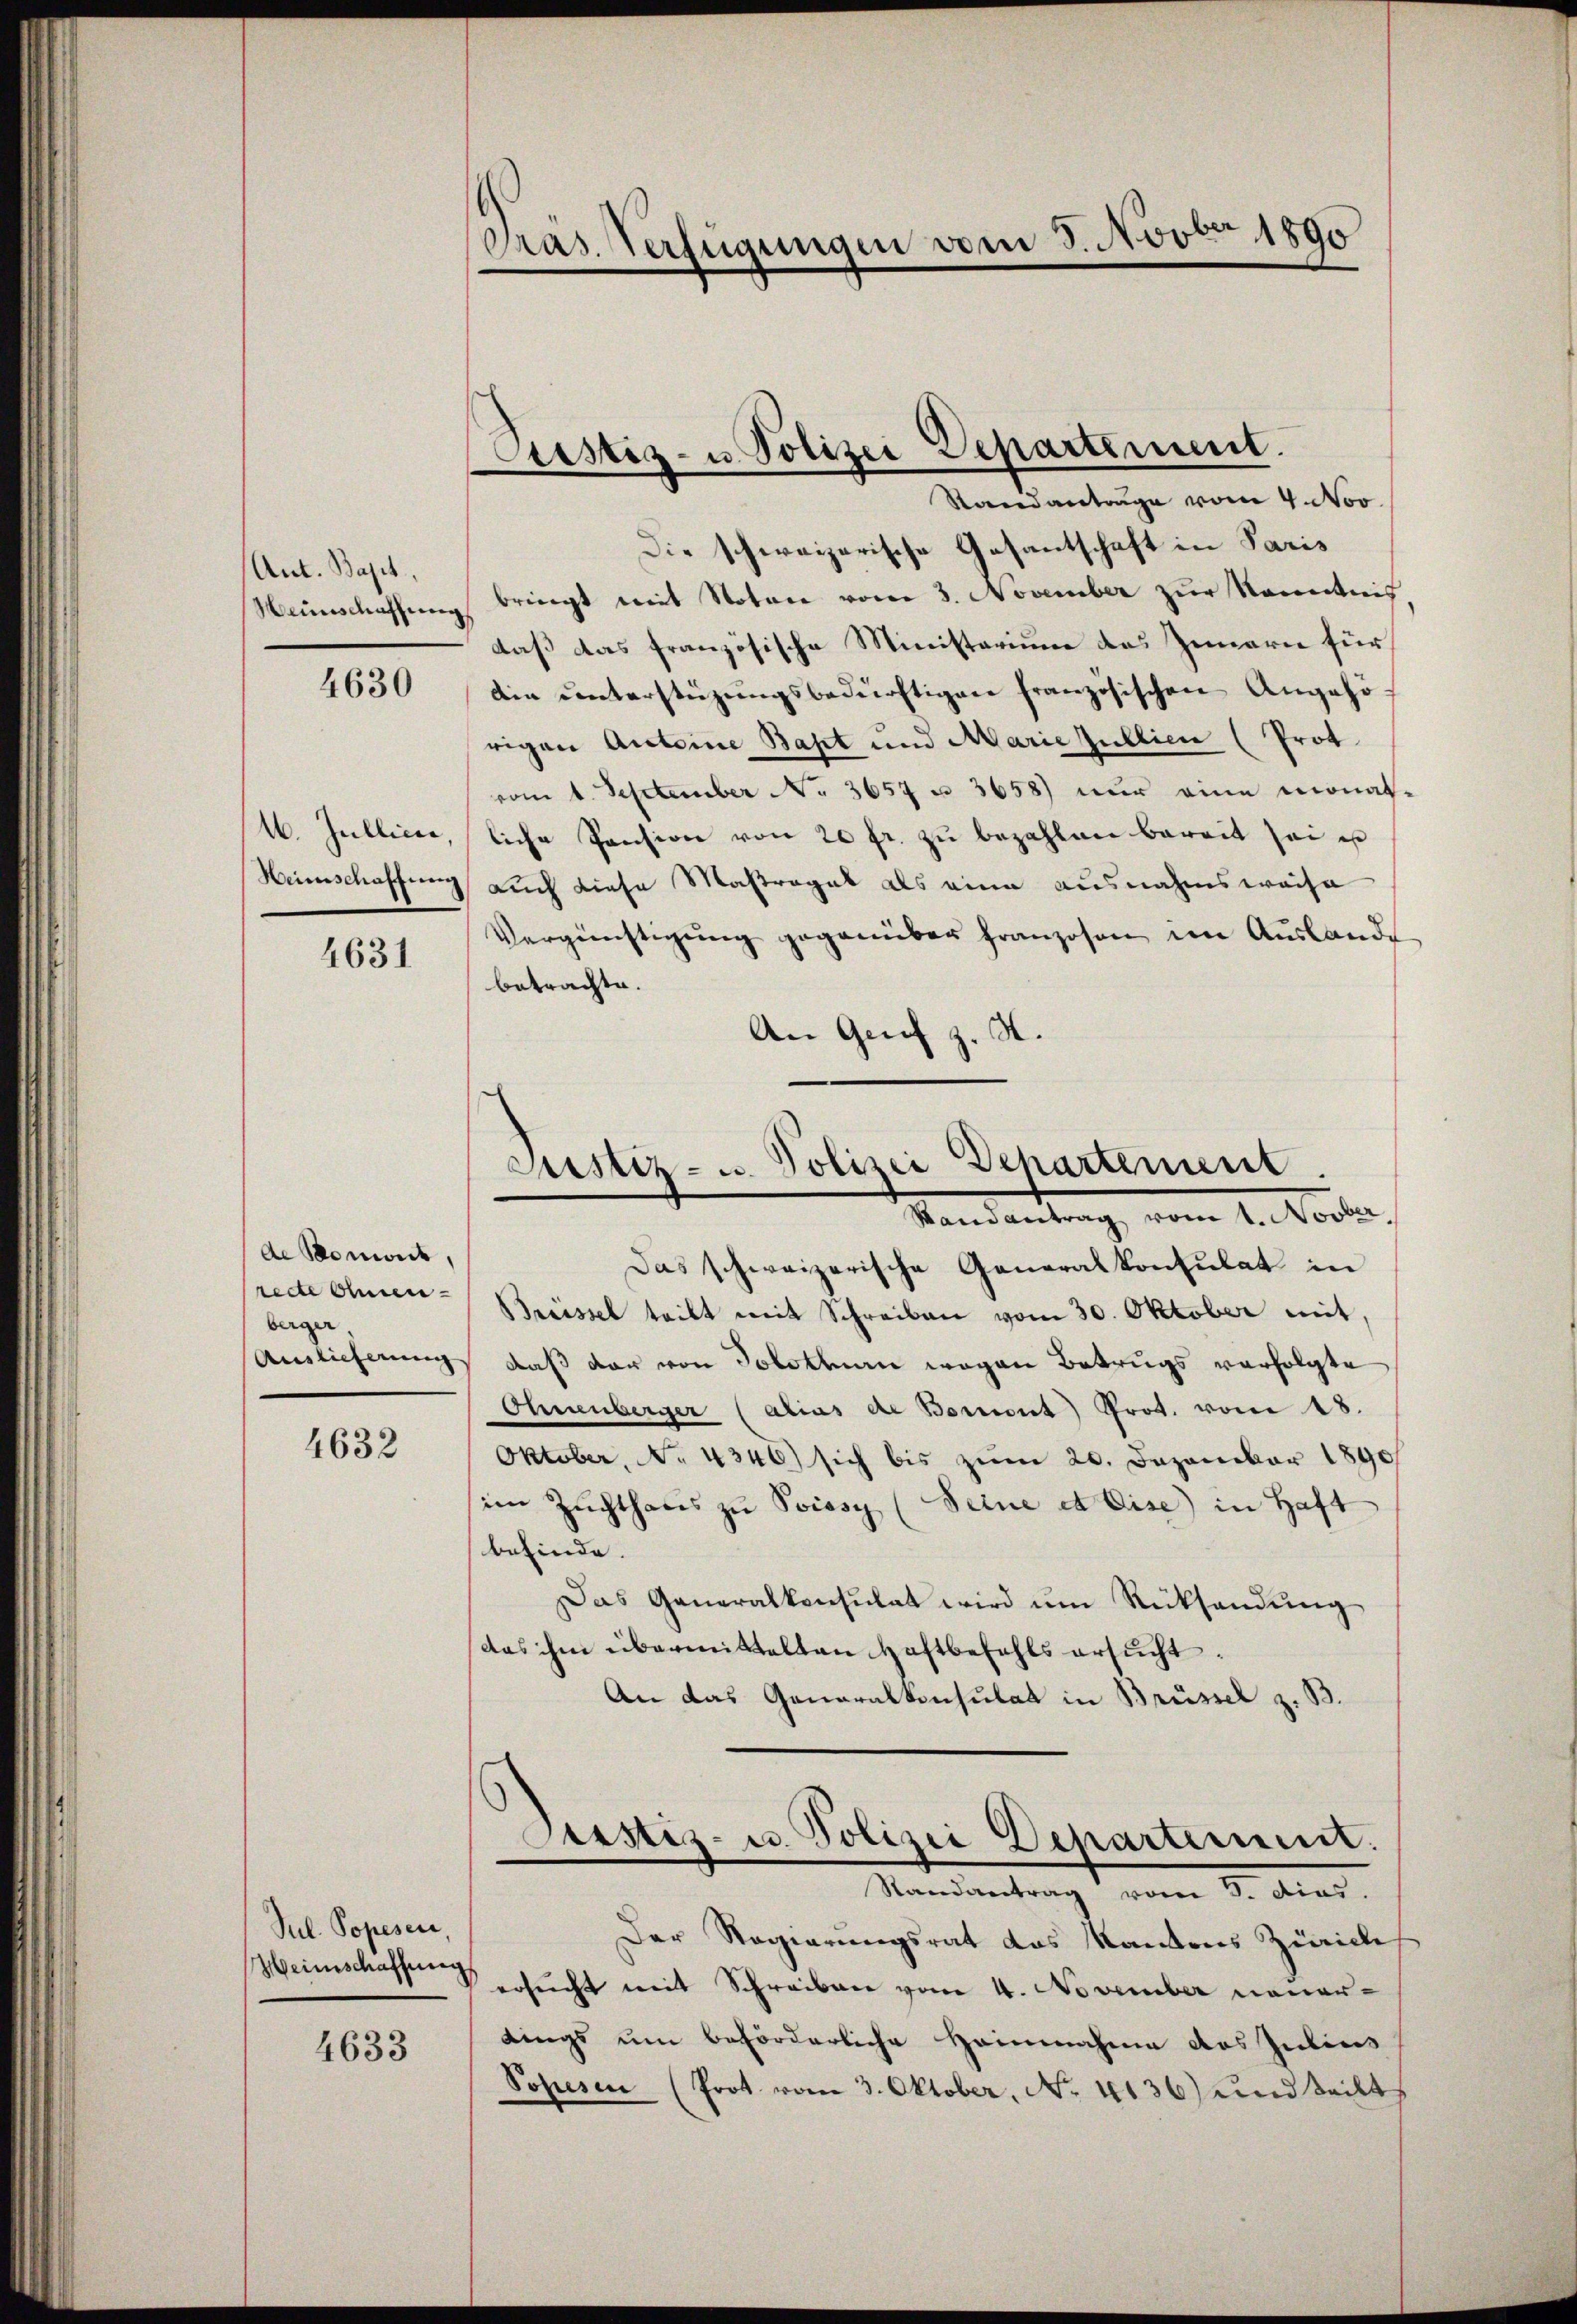
Ant. Bapt.
Weinschaffung

4630

4631

de Boniert,
redte ohnen
berger,
Auslieferung

4632

Jul. Popesen,
Heinschaffung

4633

Präs. Verfügungen vom 3. Novbr. 1890

Standanträge vom 4. Nov.
Die schweizerische Gesantschaft in Paris
bringt mit Notar von 3. November zŭr Kenntnis,
daß das französische Ministarium das Innern für
die ŭnterstüzungsbedürftigen französischen Angehörigen Antoine Bast und Marie Zublici (Prot
vom 1. September Nr. 3657 u. 3658) nur eine monat-
16. Jullicae, liche Pension von 20 fr. zŭ bezahlen bereit sei es
Heimschaffung auch diese Maßregel als eine ausnahmsweise
Vergünstigung gegenüber franzosen im Auslande
betrachte.
An Genf z. H.

Prestiz- u. Polizei Departement.

Justiz- u. Polizei Departement.
Vandantung, vom 1. Nocker,

Das schweizerische Generalkonsulat in
Breissel teilt mit Schreiben vom 30. Oktober mit,
daß der von Solothurn wegen Betrugs verfolgte
Ohnenberger (alias de Borient Prot. vom 18.
Oktober, No 4346) sich bis zŭm 20. Dezember 1890
im Zuchthaŭs zŭ Poissy (Seine et eise in Haft
befinde.
Das Generalkonsulat wird ŭm Rücksendung
das ihm übermittelten Haftbefehls ersucht.
An das Generalkonsulat in Brüssel z. B.

Der Regierungsrat das Kantons Zürich
ersucht mit Schreiben vom 4. November neuerdings um beförderliche Heinnahme des Julius
Pohusen (Prot vom 3. Oktober, No. 4136) und teilt

Justiz- u. Polizei Departement.
Randantrag vom 3. Dies